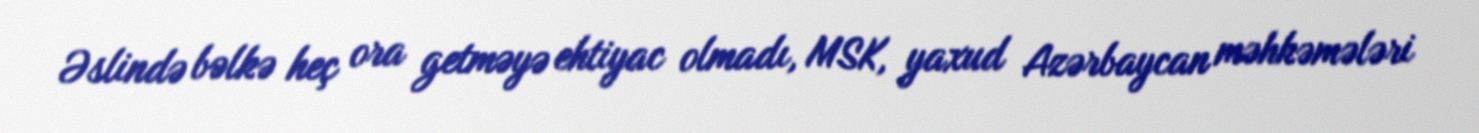
Əslində bəlkə heç ora getməyə ehtiyac olmadı, MSK, yaxud Azərbaycan məhkəmələri